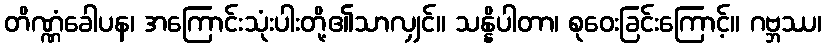
တိဏ္ဏံခေါပန၊ အကြောင်းသုံးပါးတို့၏သာလျှင်။ သန္နိပါတာ၊ စုဝေးခြင်းကြောင့်။ ဂဗ္ဘဿ၊